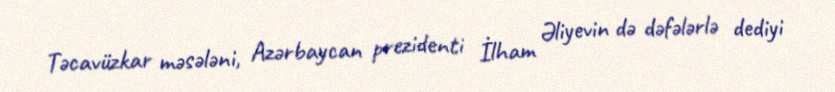
Təcavüzkar məsələni, Azərbaycan prezidenti İlham Əliyevin də dəfələrlə dediyi